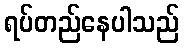
ရပ်တည်နေပါသည်